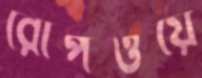
রোপওয়ে